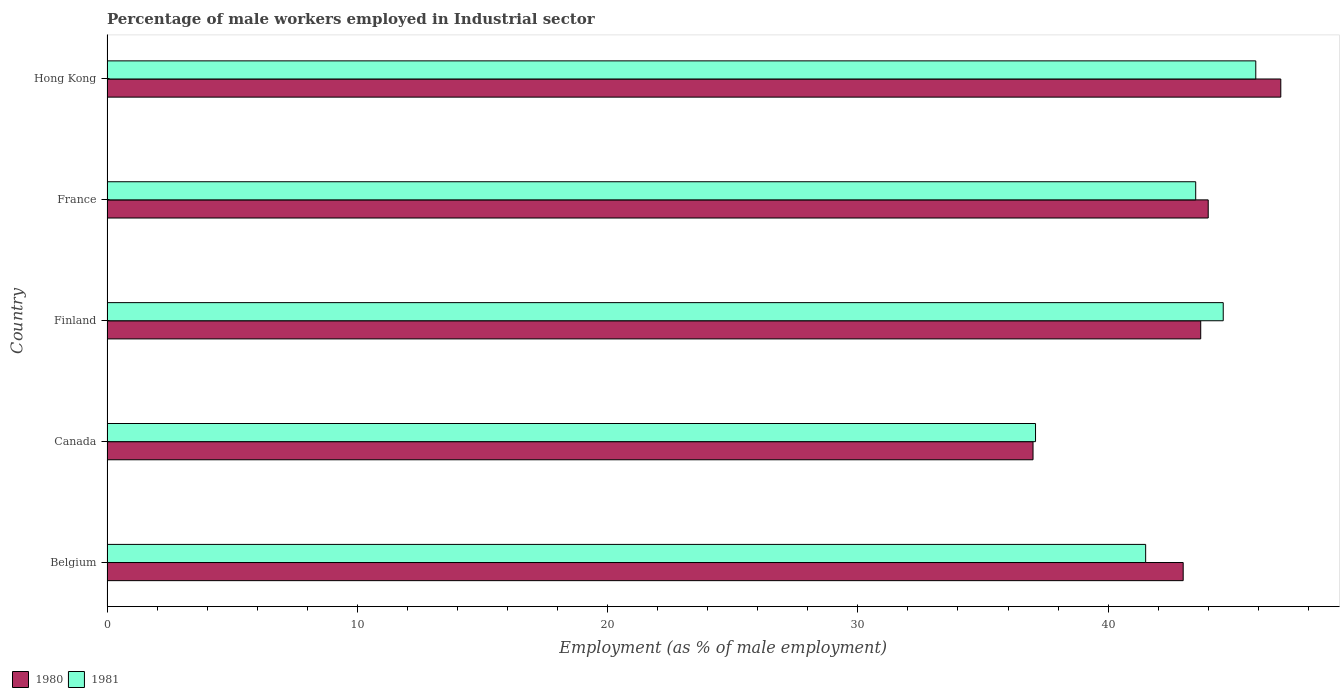
| Country | 1980 | 1981 |
 | --- | --- | --- |
 | Belgium | 43 | 41.5 |
 | Canada | 37 | 37.1 |
 | Finland | 43.7 | 44.6 |
 | France | 44 | 43.5 |
 | Hong Kong | 46.9 | 45.9 |